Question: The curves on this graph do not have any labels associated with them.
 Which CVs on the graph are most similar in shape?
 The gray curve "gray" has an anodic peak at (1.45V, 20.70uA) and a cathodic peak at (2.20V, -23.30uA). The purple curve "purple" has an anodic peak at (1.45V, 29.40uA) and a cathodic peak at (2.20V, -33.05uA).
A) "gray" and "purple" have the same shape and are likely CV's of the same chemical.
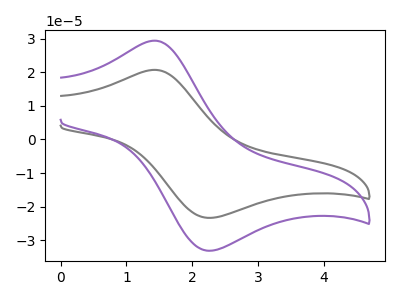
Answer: <think>All the peaks in "gray" have a peak in "purple" at the same potential. Every peak in "gray" is lower than every peak in "purple".
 </think>
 <answer>A) "gray" and "purple" have the same shape and are likely CV's of the same chemical.</answer>
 <eval>A</eval>